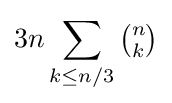
3n\sum _{k\leq n/3}{\tbinom {n}{k}}